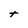
Character: t